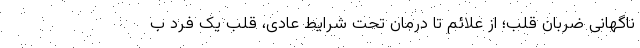
ناگهانی ضربان قلب؛ از علائم تا درمان تحت شرایط عادی، قلب یک فرد ب